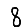
Digit: 8